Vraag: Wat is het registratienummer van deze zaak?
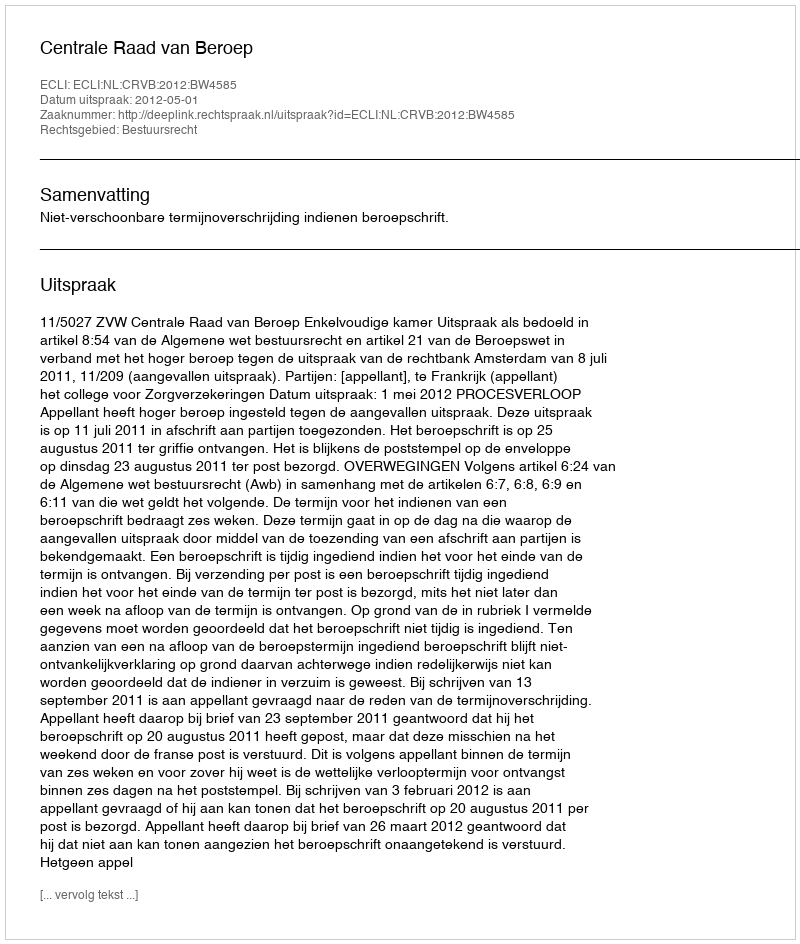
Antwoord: http://deeplink.rechtspraak.nl/uitspraak?id=ECLI:NL:CRVB:2012:BW4585